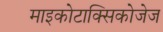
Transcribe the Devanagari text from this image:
माइकोटाक्सिकोजेज